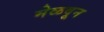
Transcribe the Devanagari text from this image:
मेळवून